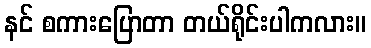
နင် စကားပြောတာ တယ်ရိုင်းပါကလား။